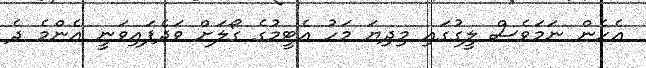
އެހެން ނަމަވެސް ލީގުގައި މިދިޔަ މަހު އެޓީމުގެ ގޯލަށް ވަދެފައިވަނީ އެންމެ ދެ